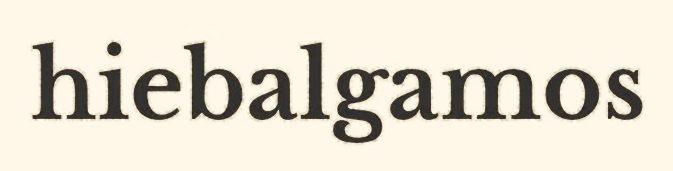
hiebalgamos